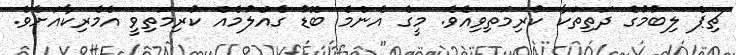
ޗިޕް ލިބުމުގެ ދަތިތަކާ ކުރިމަތިވިއެވެ. މީގެ އެންމެ ބޮޑު ގެއްލުމެއް ކުރިމަތިވީ އެމެރިކާއަށެވެ.